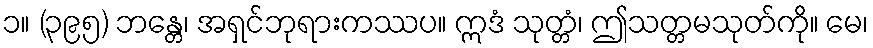
၁။ (၃၉၅) ဘန္တေ၊ အရှင်ဘုရားကဿပ။ ဣဒံ သုတ္တံ၊ ဤသတ္တမသုတ်ကို။ မေ၊